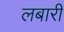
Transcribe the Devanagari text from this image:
लबारी